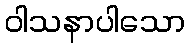
ဝါသနာပါသော